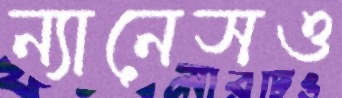
ন্যানেসও